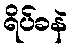
ရိပ်ခနဲ